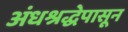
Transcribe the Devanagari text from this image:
अंधश्रद्धेपासून